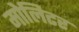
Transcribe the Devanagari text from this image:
मोलिटर